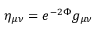
\eta _ { \mu \nu } = e ^ { - 2 \Phi } g _ { \mu \nu }